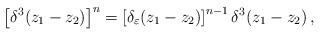
LaTeX: \begin{align*}\left[ \delta ^3(z_1-z_2)\right] ^n=\left[ \delta _\varepsilon(z_1-z_2)\right] ^{n-1}\delta ^3(z_1-z_2)\,,\end{align*}